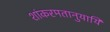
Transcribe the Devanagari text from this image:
शांकरमतानुयायि